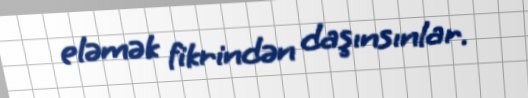
eləmək fikrindən daşınsınlar.